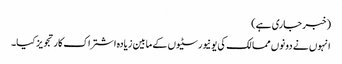
(خبر جاری ہے)
انہوں نے دونوں ممالک کی یونیورسٹیوں کے مابین زیادہ اشتراک کار تجویز کیا۔